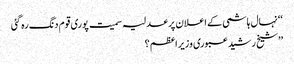
‘‘ نہال ہاشمی کے اعلان پر عدلیہ سمیت پوری قوم دنگ رہ گئی
’’شیخ رشید عبوری وزیراعظم ؟